Document type: Sale
Year: 1499
Scribe: Joan Martínez de Sòria
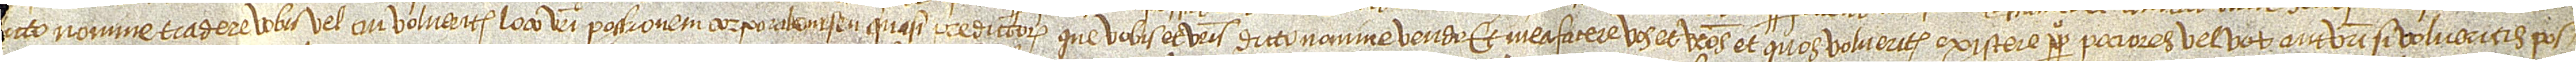
icto nomine tradere vobis vel cui volueritis loco vestris possessionem corporalem seu quasi predictorum que vobis et vestris dicto nomine vendo et mea facere vos et vestros et quos volueritis existere perpetuo pociores vel vos aut vestri si volueritis pos-